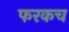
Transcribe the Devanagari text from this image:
फरकच